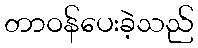
တာဝန်ပေးခဲ့သည်